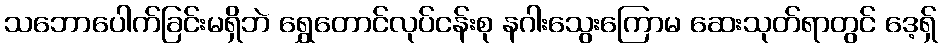
သဘောပေါက်ခြင်းမရှိဘဲ ရွှေတောင်လုပ်ငန်းစု နဂါးသွေးကြောမ ဆေးသုတ်ရာတွင် ဒေ့ရှ်